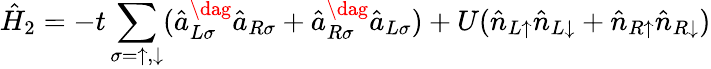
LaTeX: \hat{H}_{2}=-t\sum_{\sigma=\uparrow,\downarrow}(\hat{a}_{L\sigma}^{\dag}\hat{a}_{R\sigma}+\hat{a}_{R\sigma}^{\dag}\hat{a}_{L\sigma})+U(\hat{n}_{L\uparrow}\hat{n}_{L\downarrow}+\hat{n}_{R\uparrow}\hat{n}_{R\downarrow})